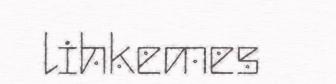
lihkemes